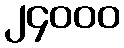
၂၄၀၀၀